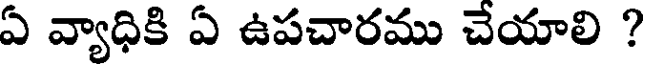
ఏ వ్యాధికి ఏ ఉపచారము చేయాలి ?